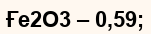
Ғе2О3 – 0,59;